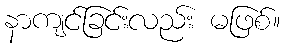
နာကျင်ခြင်းလည်း မဖြစ်။